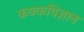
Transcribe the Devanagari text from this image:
कवकविज्ञान